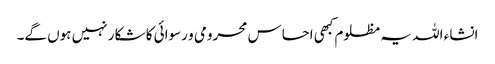
انشاء اللہ یہ مظلوم کبھی احساس محرومی و رسوائی کا شکار نہیں ہوں گے۔